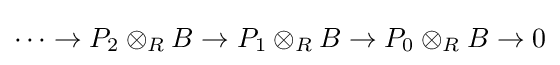
\cdots \rightarrow P_{2}\otimes _{R}B\rightarrow P_{1}\otimes _{R}B\rightarrow P_{0}\otimes _{R}B\rightarrow 0